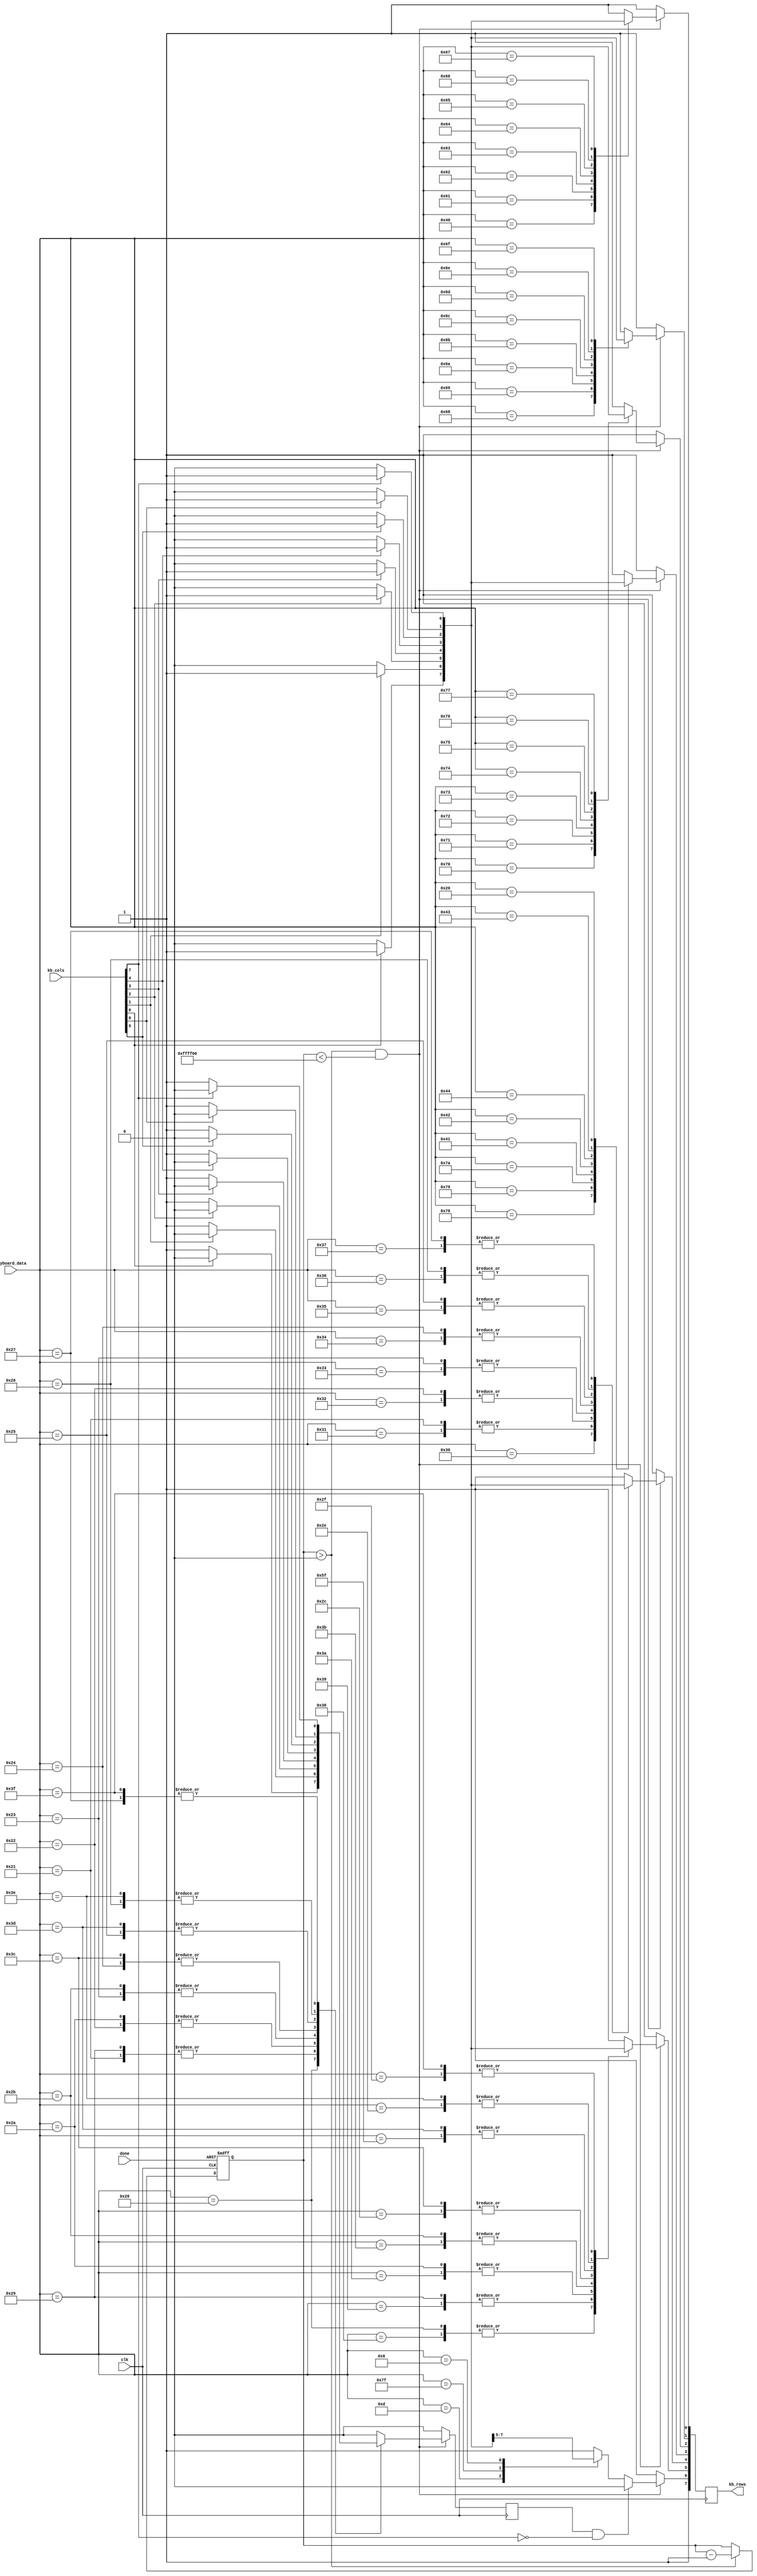

module keyboard(
  input clk,
  input [7:0] keyboard_data,
  input [7:0] kb_cols,
  output reg [7:0] kb_rows,
  input done //
);


reg [23:0] hold;
always @(posedge clk, posedge done)
	if (done)
		hold <= 24'hFFFFFF;
	else if (hold > 0)
		hold <= hold - 24'h1;


//    0   1   2   3   4   5   6   7
// 0  @   A   B   C   D   E   F   G
// 1  H   I   J   K   L   M   N   O
// 2  P   Q   R   S   T   U   V   W
// 3  X   Y   Z   up  dw  lt  rt  sp
// 4  0   1!  2"  3#  4$  5%  6&  7'
// 5  8(  9)  :*  ;+  ,<  _=  .>  /?
// 6  en  cl  bk                  ls
// 7                              rs

reg shift;

always @(posedge clk) begin

	kb_rows <= 8'hff;
	shift <= 1'b0;

	if (hold > 0 && hold < 24'hFFFF00) begin

		case (keyboard_data)
			8'h40: if (kb_cols[0] == 1'b0) kb_rows[0] <= 1'b0; // @
			8'h61: if (kb_cols[1] == 1'b0) kb_rows[0] <= 1'b0; // A
			8'h62: if (kb_cols[2] == 1'b0) kb_rows[0] <= 1'b0; // B
			8'h63: if (kb_cols[3] == 1'b0) kb_rows[0] <= 1'b0; // C
			8'h64: if (kb_cols[4] == 1'b0) kb_rows[0] <= 1'b0; // D
			8'h65: if (kb_cols[5] == 1'b0) kb_rows[0] <= 1'b0; // E
			8'h66: if (kb_cols[6] == 1'b0) kb_rows[0] <= 1'b0; // F
			8'h67: if (kb_cols[7] == 1'b0) kb_rows[0] <= 1'b0; // G
			8'h68: if (kb_cols[0] == 1'b0) kb_rows[1] <= 1'b0; // H
			8'h69: if (kb_cols[1] == 1'b0) kb_rows[1] <= 1'b0; // I
			8'h6a: if (kb_cols[2] == 1'b0) kb_rows[1] <= 1'b0; // J
			8'h6b: if (kb_cols[3] == 1'b0) kb_rows[1] <= 1'b0; // K
			8'h6c: if (kb_cols[4] == 1'b0) kb_rows[1] <= 1'b0; // L
			8'h6d: if (kb_cols[5] == 1'b0) kb_rows[1] <= 1'b0; // M
			8'h6e: if (kb_cols[6] == 1'b0) kb_rows[1] <= 1'b0; // N
			8'h6f: if (kb_cols[7] == 1'b0) kb_rows[1] <= 1'b0; // O
			8'h70: if (kb_cols[0] == 1'b0) kb_rows[2] <= 1'b0; // P
			8'h71: if (kb_cols[1] == 1'b0) kb_rows[2] <= 1'b0; // Q
			8'h72: if (kb_cols[2] == 1'b0) kb_rows[2] <= 1'b0; // R
			8'h73: if (kb_cols[3] == 1'b0) kb_rows[2] <= 1'b0; // S
			8'h74: if (kb_cols[4] == 1'b0) kb_rows[2] <= 1'b0; // T
			8'h75: if (kb_cols[5] == 1'b0) kb_rows[2] <= 1'b0; // U
			8'h76: if (kb_cols[6] == 1'b0) kb_rows[2] <= 1'b0; // V
			8'h77: if (kb_cols[7] == 1'b0) kb_rows[2] <= 1'b0; // W
			8'h78: if (kb_cols[0] == 1'b0) kb_rows[3] <= 1'b0; // X
			8'h79: if (kb_cols[1] == 1'b0) kb_rows[3] <= 1'b0; // Y
			8'h7a: if (kb_cols[2] == 1'b0) kb_rows[3] <= 1'b0; // Z
			8'h41: if (kb_cols[3] == 1'b0) kb_rows[3] <= 1'b0; // up
			8'h42: if (kb_cols[4] == 1'b0) kb_rows[3] <= 1'b0; // down
			8'h44: if (kb_cols[5] == 1'b0) kb_rows[3] <= 1'b0; // left
			8'h43: if (kb_cols[6] == 1'b0) kb_rows[3] <= 1'b0; // right
			8'h20: if (kb_cols[7] == 1'b0) kb_rows[3] <= 1'b0; // space
			8'h30: if (kb_cols[0] == 1'b0) kb_rows[4] <= 1'b0; // 0
			8'h31: if (kb_cols[1] == 1'b0) kb_rows[4] <= 1'b0; // 1
			8'h32: if (kb_cols[2] == 1'b0) kb_rows[4] <= 1'b0; // 2
			8'h33: if (kb_cols[3] == 1'b0) kb_rows[4] <= 1'b0; // 3
			8'h34: if (kb_cols[4] == 1'b0) kb_rows[4] <= 1'b0; // 4
			8'h35: if (kb_cols[5] == 1'b0) kb_rows[4] <= 1'b0; // 5
			8'h36: if (kb_cols[6] == 1'b0) kb_rows[4] <= 1'b0; // 6
			8'h37: if (kb_cols[7] == 1'b0) kb_rows[4] <= 1'b0; // 7
			8'h38: if (kb_cols[0] == 1'b0) kb_rows[5] <= 1'b0; // 8
			8'h39: if (kb_cols[1] == 1'b0) kb_rows[5] <= 1'b0; // 9
			8'h3a: if (kb_cols[2] == 1'b0) kb_rows[5] <= 1'b0; // :
			8'h3b: if (kb_cols[3] == 1'b0) kb_rows[5] <= 1'b0; // ;
			8'h2c: if (kb_cols[4] == 1'b0) kb_rows[5] <= 1'b0; // ,
			8'h5f: if (kb_cols[5] == 1'b0) kb_rows[5] <= 1'b0; // _
			8'h2e: if (kb_cols[6] == 1'b0) kb_rows[5] <= 1'b0; // .
			8'h2f: if (kb_cols[7] == 1'b0) kb_rows[5] <= 1'b0; // /
			8'h0d: if (kb_cols[0] == 1'b0) kb_rows[6] <= 1'b0; // enter
			8'h7f: if (kb_cols[1] == 1'b0) kb_rows[6] <= 1'b0; // clear
			8'h08: if (kb_cols[2] == 1'b0) kb_rows[6] <= 1'b0; // break

			8'h21: if (kb_cols[1] == 1'b0) begin kb_rows[4] <= 1'b0; shift <= 1'b1; end // !
			8'h22: if (kb_cols[2] == 1'b0) begin kb_rows[4] <= 1'b0; shift <= 1'b1; end // "
			8'h23: if (kb_cols[3] == 1'b0) begin kb_rows[4] <= 1'b0; shift <= 1'b1; end // #
			8'h24: if (kb_cols[4] == 1'b0) begin kb_rows[4] <= 1'b0; shift <= 1'b1; end // $
			8'h25: if (kb_cols[5] == 1'b0) begin kb_rows[4] <= 1'b0; shift <= 1'b1; end // %
			8'h26: if (kb_cols[6] == 1'b0) begin kb_rows[4] <= 1'b0; shift <= 1'b1; end // &
			8'h27: if (kb_cols[7] == 1'b0) begin kb_rows[4] <= 1'b0; shift <= 1'b1; end // '
			8'h28: if (kb_cols[0] == 1'b0) begin kb_rows[5] <= 1'b0; shift <= 1'b1; end // (
			8'h29: if (kb_cols[1] == 1'b0) begin kb_rows[5] <= 1'b0; shift <= 1'b1; end // )
			8'h2a: if (kb_cols[2] == 1'b0) begin kb_rows[5] <= 1'b0; shift <= 1'b1; end // *
			8'h2b: if (kb_cols[3] == 1'b0) begin kb_rows[5] <= 1'b0; shift <= 1'b1; end // +
			8'h3c: if (kb_cols[4] == 1'b0) begin kb_rows[5] <= 1'b0; shift <= 1'b1; end // <
			8'h3d: if (kb_cols[5] == 1'b0) begin kb_rows[5] <= 1'b0; shift <= 1'b1; end // =
			8'h3e: if (kb_cols[6] == 1'b0) begin kb_rows[5] <= 1'b0; shift <= 1'b1; end // >
			8'h3f: if (kb_cols[7] == 1'b0) begin kb_rows[5] <= 1'b0; shift <= 1'b1; end // ?


			8'h00: kb_rows <= 8'hff;
		endcase

		// shift left
		if (shift && kb_cols[7] == 1'b0) begin
			kb_rows[6] <= 1'b0;
		end

	end
end


// PS/2:
// always @*
//   case (keyboard_data)
//     8'h0e: if (kb_cols[0] == 1'b0) kb_rows[0] = 1'b0; // @
//     8'h1c: if (kb_cols[1] == 1'b0) kb_rows[0] = 1'b0; // A
//     8'h32: if (kb_cols[2] == 1'b0) kb_rows[0] = 1'b0; // B
//     8'h21: if (kb_cols[3] == 1'b0) kb_rows[0] = 1'b0; // C
//     8'h23: if (kb_cols[4] == 1'b0) kb_rows[0] = 1'b0; // D
//     8'h24: if (kb_cols[5] == 1'b0) kb_rows[0] = 1'b0; // E
//     8'h2b: if (kb_cols[6] == 1'b0) kb_rows[0] = 1'b0; // F
//     8'h34: if (kb_cols[7] == 1'b0) kb_rows[0] = 1'b0; // G
//     8'h33: if (kb_cols[0] == 1'b0) kb_rows[1] = 1'b0; // H
//     8'h43: if (kb_cols[1] == 1'b0) kb_rows[1] = 1'b0; // I
//     8'h3b: if (kb_cols[2] == 1'b0) kb_rows[1] = 1'b0; // J
//     8'h42: if (kb_cols[3] == 1'b0) kb_rows[1] = 1'b0; // K
//     8'h4b: if (kb_cols[4] == 1'b0) kb_rows[1] = 1'b0; // L
//     8'h3a: if (kb_cols[5] == 1'b0) kb_rows[1] = 1'b0; // M
//     8'h31: if (kb_cols[6] == 1'b0) kb_rows[1] = 1'b0; // N
//     8'h44: if (kb_cols[7] == 1'b0) kb_rows[1] = 1'b0; // O
//     8'h4d: if (kb_cols[0] == 1'b0) kb_rows[2] = 1'b0; // P
//     8'h15: if (kb_cols[1] == 1'b0) kb_rows[2] = 1'b0; // Q
//     8'h2d: if (kb_cols[2] == 1'b0) kb_rows[2] = 1'b0; // R
//     8'h1b: if (kb_cols[3] == 1'b0) kb_rows[2] = 1'b0; // S
//     8'h2c: if (kb_cols[4] == 1'b0) kb_rows[2] = 1'b0; // T
//     8'h3c: if (kb_cols[5] == 1'b0) kb_rows[2] = 1'b0; // U
//     8'h2a: if (kb_cols[6] == 1'b0) kb_rows[2] = 1'b0; // V
//     8'h1d: if (kb_cols[7] == 1'b0) kb_rows[2] = 1'b0; // W
//     8'h22: if (kb_cols[0] == 1'b0) kb_rows[3] = 1'b0; // X
//     8'h35: if (kb_cols[1] == 1'b0) kb_rows[3] = 1'b0; // Y
//     8'h1a: if (kb_cols[2] == 1'b0) kb_rows[3] = 1'b0; // Z
//     8'h75: if (kb_cols[3] == 1'b0) kb_rows[3] = 1'b0; // up
//     8'h72: if (kb_cols[4] == 1'b0) kb_rows[3] = 1'b0; // down
//     8'h6b: if (kb_cols[5] == 1'b0) kb_rows[3] = 1'b0; // left
//     8'h74: if (kb_cols[6] == 1'b0) kb_rows[3] = 1'b0; // right
//     8'h29: if (kb_cols[7] == 1'b0) kb_rows[3] = 1'b0; // space
//     8'h45: if (kb_cols[0] == 1'b0) kb_rows[4] = 1'b0; // 0
//     8'h16: if (kb_cols[1] == 1'b0) kb_rows[4] = 1'b0; // 1
//     8'h1e: if (kb_cols[2] == 1'b0) kb_rows[4] = 1'b0; // 2
//     8'h26: if (kb_cols[3] == 1'b0) kb_rows[4] = 1'b0; // 3
//     8'h25: if (kb_cols[4] == 1'b0) kb_rows[4] = 1'b0; // 4
//     8'h2e: if (kb_cols[5] == 1'b0) kb_rows[4] = 1'b0; // 5
//     8'h36: if (kb_cols[6] == 1'b0) kb_rows[4] = 1'b0; // 6
//     8'h3d: if (kb_cols[7] == 1'b0) kb_rows[4] = 1'b0; // 7
//     8'h3e: if (kb_cols[0] == 1'b0) kb_rows[5] = 1'b0; // 8
//     8'h46: if (kb_cols[1] == 1'b0) kb_rows[5] = 1'b0; // 9
//     8'h54: if (kb_cols[2] == 1'b0) kb_rows[5] = 1'b0; // :
//     8'h4c: if (kb_cols[3] == 1'b0) kb_rows[5] = 1'b0; // ;
//     8'h41: if (kb_cols[4] == 1'b0) kb_rows[5] = 1'b0; // ,
//     8'h4e: if (kb_cols[5] == 1'b0) kb_rows[5] = 1'b0; // _
//     8'h49: if (kb_cols[6] == 1'b0) kb_rows[5] = 1'b0; // .
//     8'h4a: if (kb_cols[7] == 1'b0) kb_rows[5] = 1'b0; // /
//     8'h5a: if (kb_cols[0] == 1'b0) kb_rows[6] = 1'b0; // enter
//     8'h71: if (kb_cols[1] == 1'b0) kb_rows[6] = 1'b0; // clear
//     8'h7e: if (kb_cols[2] == 1'b0) kb_rows[6] = 1'b0; // break
//     8'h12: if (kb_cols[7] == 1'b0) kb_rows[6] = 1'b0; // shift left
//     8'h59: if (kb_cols[7] == 1'b0) kb_rows[7] = 1'b0; // shift right
//     8'hf0: kb_rows = 8'hff;
//   endcase

endmodule